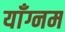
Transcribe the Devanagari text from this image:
याँग्नम